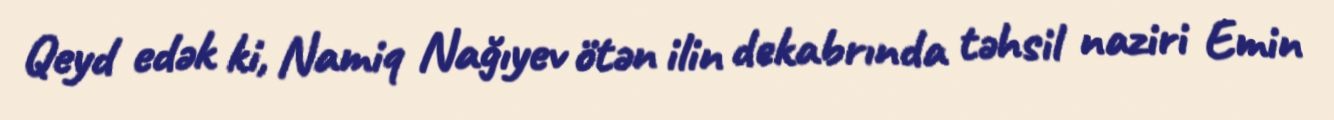
Qeyd edək ki, Namiq Nağıyev ötən ilin dekabrında təhsil naziri Emin